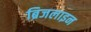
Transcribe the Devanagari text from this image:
ब्रिजलाइन